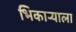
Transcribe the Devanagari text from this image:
भिकाऱ्याला